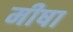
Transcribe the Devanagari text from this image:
मीषा